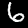
Digit: 6